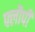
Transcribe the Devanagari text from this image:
फ्लौपी